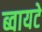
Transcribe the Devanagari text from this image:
ब्वायटे